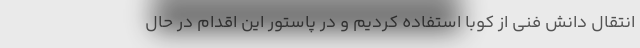
انتقال دانش فنی از کوبا استفاده کردیم و در پاستور این اقدام در حال